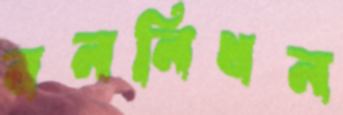
বননিধন